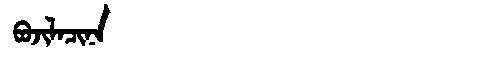
Manchu: ᠪᠣᠵᡳᠯᠠᠴᡳᠨᠠ
Romanization: BOJILACINA